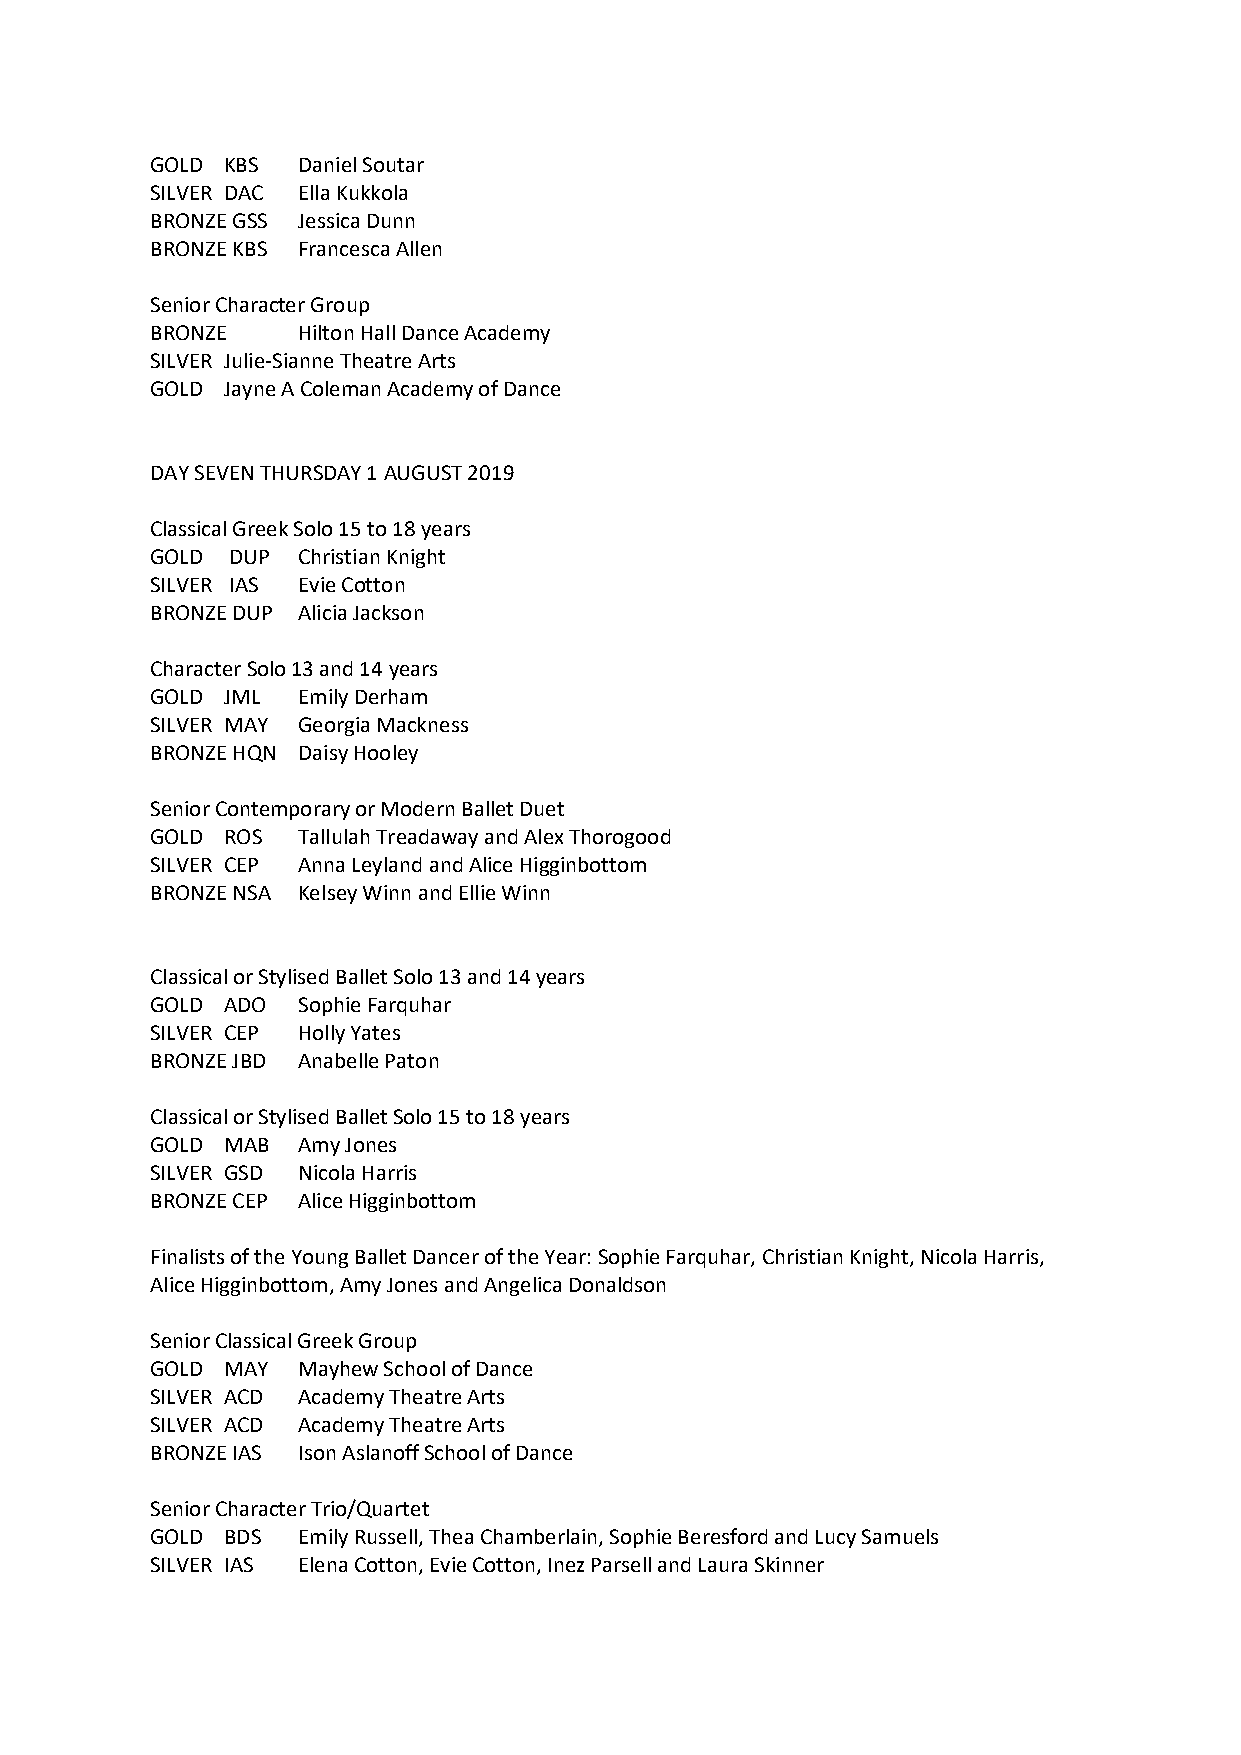
GOLD KBS  Daniel Soutar
 SILVER DAC Ella Kukkola
 BRONZE GSS Jessica Dunn
 BRONZE KBS Francesca Allen
 Senior Character Group
 BRONZE    Hilton Hall Dance Academy
 SILVER Julie-Sianne Theatre Arts
 GOLD Jayne A Coleman Academy of Dance
 DAY SEVEN THURSDAY 1 AUGUST 2019
 Classical Greek Solo 15 to 18 years
 GOLD DUP  Christian Knight
 SILVER IAS Evie Cotton
 BRONZE DUP Alicia Jackson
 Character Solo 13 and 14 years
 GOLD JML  Emily Derham
 SILVER MAY Georgia Mackness
 BRONZE HQN Daisy Hooley
 Senior Contemporary or Modern Ballet Duet
 GOLD ROS  Tallulah Treadaway and Alex Thorogood
 SILVER CEP Anna Leyland and Alice Higginbottom
 BRONZE NSA Kelsey Winn and Ellie Winn
 Classical or Stylised Ballet Solo 13 and 14 years
 GOLD ADO  Sophie Farquhar
 SILVER CEP Holly Yates
 BRONZE JBD Anabelle Paton
 Classical or Stylised Ballet Solo 15 to 18 years
 GOLD MAB  Amy Jones
 SILVER GSD Nicola Harris
 BRONZE CEP Alice Higginbottom
 Finalists of the Young Ballet Dancer of the Year: Sophie Farquhar, Christian Knight, Nicola Harris,
 Alice Higginbottom, Amy Jones and Angelica Donaldson
 Senior Classical Greek Group
 GOLD MAY  Mayhew School of Dance
 SILVER ACD Academy Theatre Arts
 SILVER ACD Academy Theatre Arts
 BRONZE IAS Ison Aslanoff School of Dance
 Senior Character Trio/Quartet
 GOLD BDS  Emily Russell, Thea Chamberlain, Sophie Beresford and Lucy Samuels
 SILVER IAS Elena Cotton, Evie Cotton, Inez Parsell and Laura Skinner